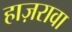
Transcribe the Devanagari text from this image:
हाज़रावा